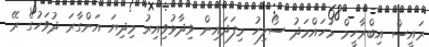
ރައީސް އިބްރާހީމް މުހައްމަދު ސޯލިހު މިފަދައިން ވިދާޅުވިއިރު މިދިޔަ އަންގާރަ ދުވަހުގެ ރޭ